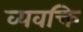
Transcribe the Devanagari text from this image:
व्यवक्ति